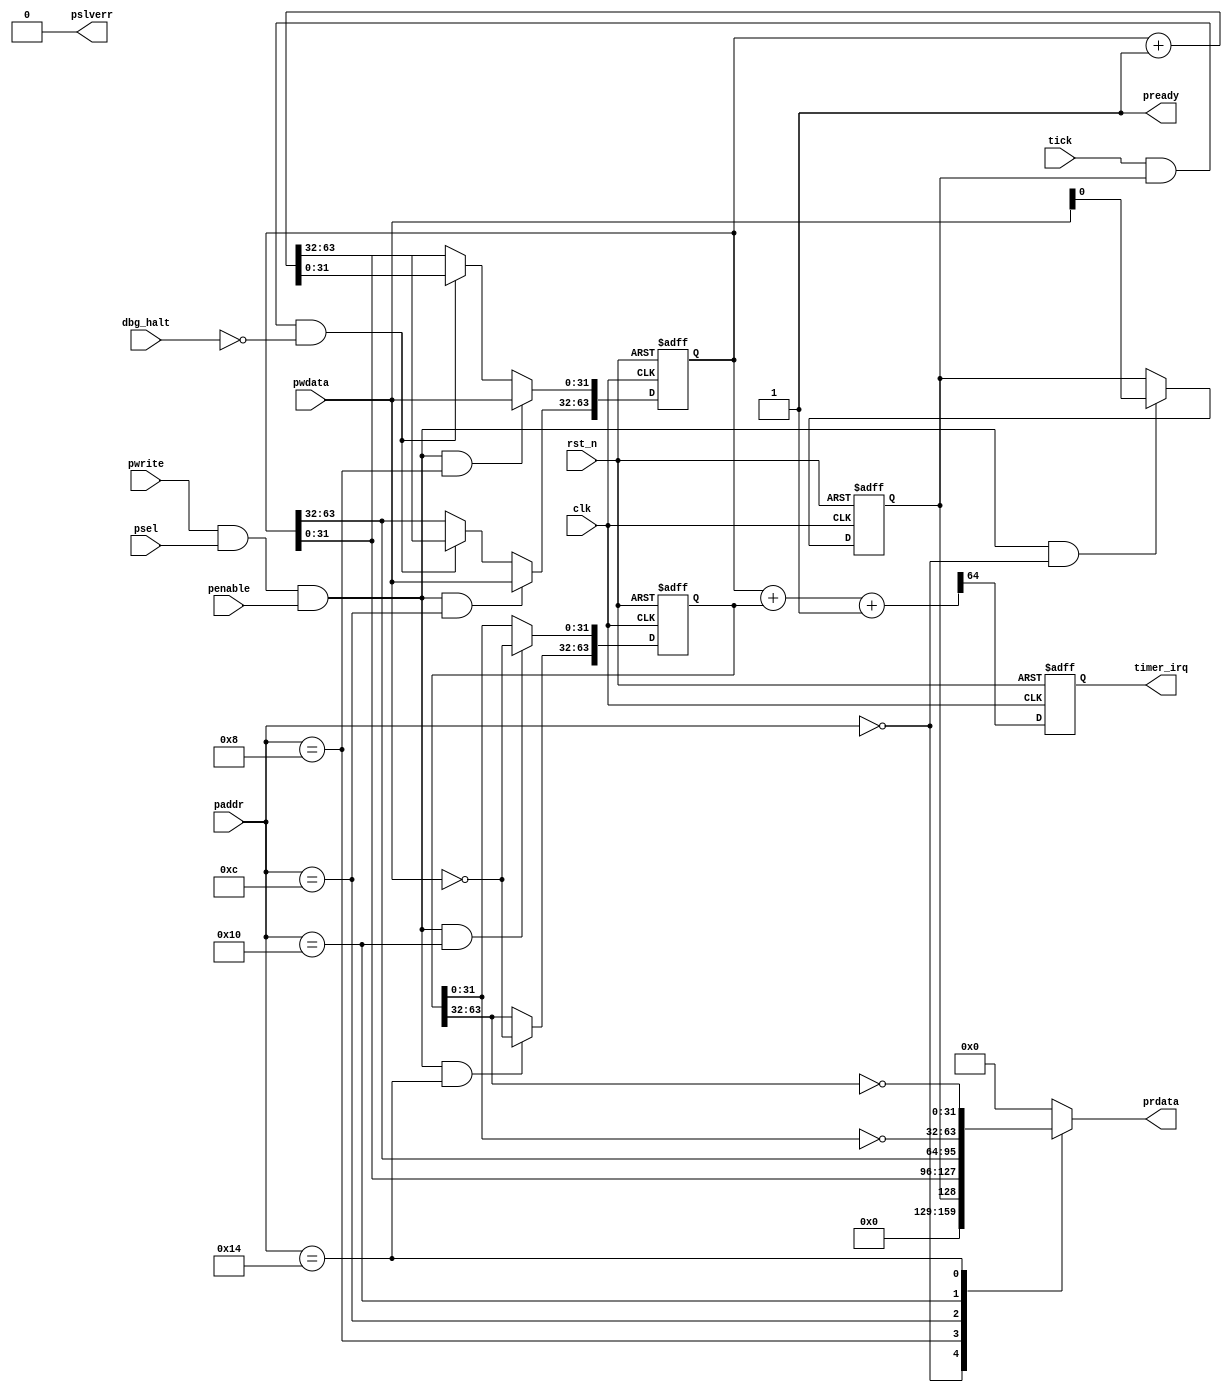
/*****************************************************************************\
|                        Copyright (C) 2022 Luke Wren                         |
|                     SPDX-License-Identifier: Apache-2.0                     |
\*****************************************************************************/

`default_nettype none

// Basic implementation of standard 64-bit RISC-V timer with 32-bit APB.

// TICK_IS_NRZ = 1: tick is an NRZ signal that is asynchronous to clk.
// TICK_IS_NRZ = 0: tick is a level-sensitive signal that is synchronous to clk.

module hazard3_riscv_timer #(
	parameter TICK_IS_NRZ = 0
) (
	input  wire               clk,
	input  wire               rst_n,

	input  wire [15:0]        paddr,
	input  wire               psel,
	input  wire               penable,
	input  wire               pwrite,
	input  wire [31:0]        pwdata,
	output reg  [31:0]        prdata,
	output wire               pready,
	output wire               pslverr,

	input  wire               dbg_halt,
	input  wire               tick,

	output reg                timer_irq
);

localparam ADDR_CTRL      = 16'h0000;
localparam ADDR_MTIME     = 16'h0008;
localparam ADDR_MTIMEH    = 16'h000c;
localparam ADDR_MTIMECMP  = 16'h0010;
localparam ADDR_MTIMECMPH = 16'h0014;

// ----------------------------------------------------------------------------
// Timer tick logic

wire tick_event;

generate
if (TICK_IS_NRZ) begin: edge_detect

	wire tick_nrz_sync;

	hazard3_sync_1bit tick_sync_u (
		.clk    (clk),
		.rst_n  (rst_n),
		.i      (tick_nrz),
		.o      (tick_nrz_sync)
	);

	reg tick_nrz_prev;
	always @ (posedge clk or negedge rst_n) begin
		if (!rst_n) begin
			tick_nrz_prev <= 1'b0;
		end else begin
			tick_nrz_prev <= tick_nrz_sync;
		end
	end

	assign tick_event = tick_nrz_sync ^ tick_nrz_sync_prev;

end else begin: no_edge_detect

	assign tick_event = tick;

end
endgenerate

reg ctrl_en;
wire tick_now = tick_event && ctrl_en && !dbg_halt;

// ----------------------------------------------------------------------------
// Counter registers

wire bus_write = pwrite && psel && penable;
wire bus_read = !pwrite && psel && penable;

always @ (posedge clk or negedge rst_n) begin
	if (!rst_n) begin
		ctrl_en <= 1'b1;
	end else if (bus_write && paddr == ADDR_CTRL) begin
		ctrl_en <= pwdata[0];
	end
end

reg [63:0] mtime;

always @ (posedge clk or negedge rst_n) begin
	if (!rst_n) begin
		mtime <= 64'h0;
	end else begin
		if (tick_now)
			mtime <= mtime + 1'b1;
		if (bus_write && paddr == ADDR_MTIME)
			mtime[31:0] <= pwdata;
		if (bus_write && paddr == ADDR_MTIMEH)
			mtime[63:32] <= pwdata;
	end
end

// mtimecmp is stored inverted for minor LUT savings on iCE40
reg  [63:0] mtimecmp;
wire [64:0] cmp_diff = {1'b0, mtime} + {1'b0, mtimecmp} + 65'd1;

always @ (posedge clk or negedge rst_n) begin
	if (!rst_n) begin
		mtimecmp <= 64'h0;
		timer_irq <= 1'b0;
	end else begin
		if (bus_write && paddr == ADDR_MTIMECMP)
			mtimecmp[31:0] <= ~pwdata;
		if (bus_write && paddr == ADDR_MTIMECMPH)
			mtimecmp[63:32] <= ~pwdata;
		timer_irq <= cmp_diff[64];
	end
end

always @ (*) begin
	case (paddr)
	ADDR_CTRL:      prdata = {31'h0, ctrl_en};
	ADDR_MTIME:     prdata = mtime[31:0];
	ADDR_MTIMEH:    prdata = mtime[63:32];
	ADDR_MTIMECMP:  prdata = ~mtimecmp[31:0];
	ADDR_MTIMECMPH: prdata = ~mtimecmp[63:32];
	default:        prdata = 32'h0;
	endcase
end

assign pready = 1'b1;
assign pslverr = 1'b0;

endmodule

`ifndef YOSYS
`default_nettype none
`endif